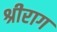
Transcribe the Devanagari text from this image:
श्रीराग